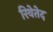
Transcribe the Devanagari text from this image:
रिवेतेद